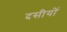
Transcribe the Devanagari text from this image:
दसीयों